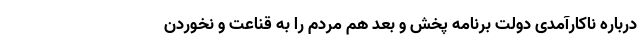
درباره ناکارآمدی دولت برنامه پخش و بعد هم مردم را به قناعت و نخوردن